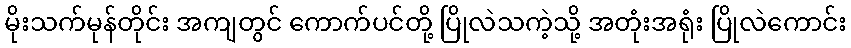
မိုးသက်မုန်တိုင်း အကျတွင် ကောက်ပင်တို့ ပြိုလဲသကဲ့သို့ အတုံးအရုံး ပြိုလဲကောင်း